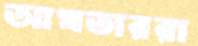
আখতাররা